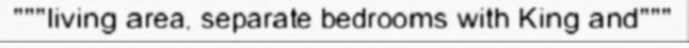
"""living area, separate bedrooms with King and"""